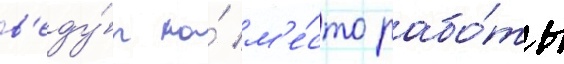
в'еду́т на́ м'е́сто рабо́ты